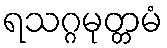
ရသဂ္ဂမုတ္တမံ